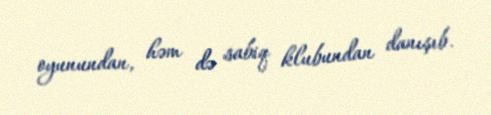
oyunundan, həm də sabiq klubundan danışıb.